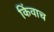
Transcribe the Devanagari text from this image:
किंवाच